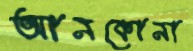
আনকোনা